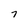
Character: 7